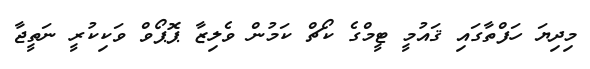
މިދިޔަ ހަފްތާގައި ޤައުމީ ޓީމްގެ ކޯޗް ކަމުން ވެލިޒާ ޕޮޕޯވް ވަކިކުރީ ނަތީޖާ